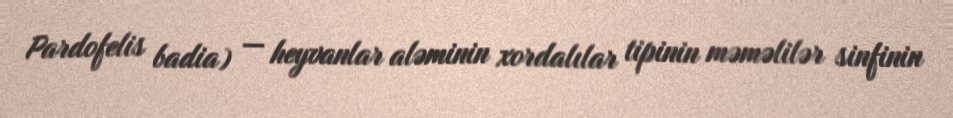
Pardofelis badia) — heyvanlar aləminin xordalılar tipinin məməlilər sinfinin